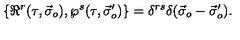
\{ \Re ^ { r } ( \tau , \vec { \sigma } _ { o } ) , \wp ^ { s } ( \tau , \vec { \sigma } _ { o } ^ { \prime } ) \} = \delta ^ { r s } \delta ( \vec { \sigma } _ { o } - \vec { \sigma } _ { o } ^ { \prime } ) .